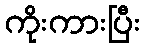
ကိုးကားပြီး